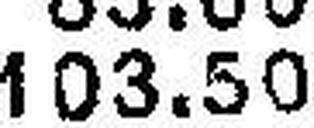
103.50